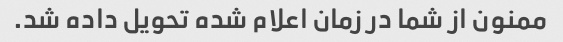
ممنون از شما در زمان اعلام شده تحویل داده شد.